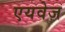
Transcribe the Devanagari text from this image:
एयवेज